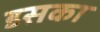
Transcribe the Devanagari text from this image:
डसका